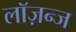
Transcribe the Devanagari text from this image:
लॉज़न्ज